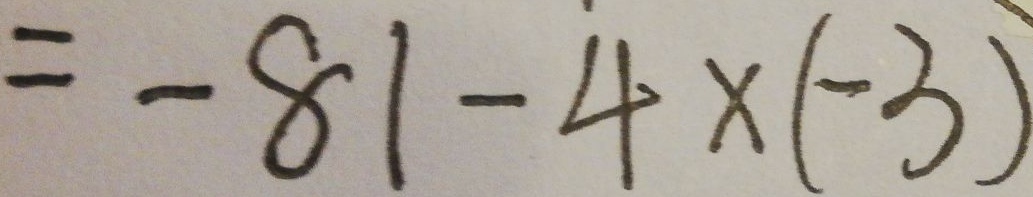
= - 8 1 - 4 \times ( - 3 )